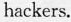
backers.